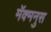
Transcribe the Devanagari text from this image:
मॅक्मनुस